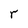
Character: r